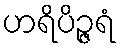
ဟရိပိဉ္ဇရံ